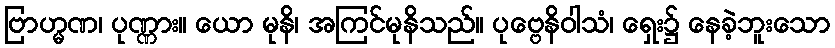
ဗြာဟ္မဏ၊ ပုဏ္ဏား။ ယော မုနိ၊ အကြင်မုနိသည်။ ပုဗ္ဗေနိဝါသံ၊ ရှေး၌ နေခဲ့ဘူးသော